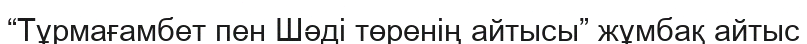
“Тұрмағамбет пен Шәді төренің айтысы” жұмбақ айтыс